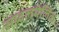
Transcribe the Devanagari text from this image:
सादलमेलिक